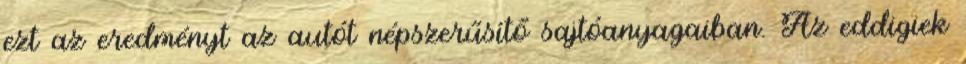
ezt az eredményt az autót népszerűsítő sajtóanyagaiban. Az eddigiek